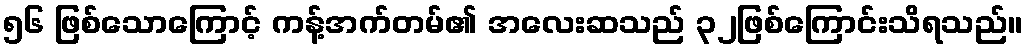
၅၆ ဖြစ်သောကြောင့် ကန့်အက်တမ်၏ အလေးဆသည် ၃၂ဖြစ်ကြောင်းသိရသည်။